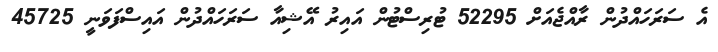
އެ ސަރަހައްދުން ރާއްޖެއަށް 52295 ޓުރިސްޓުން އައިރު އޭޝިއާ ސަރަހައްދުން އައިސްފަވަނީ 45725